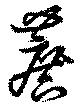
蔗